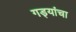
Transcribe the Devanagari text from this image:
गड्यांचा